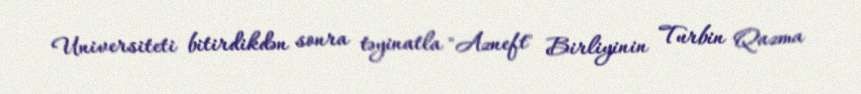
Universiteti bitirdikdən sonra təyinatla "Azneft" Birliyinin Turbin Qazma